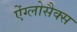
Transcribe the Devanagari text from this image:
ऐंग्लोसैक्स